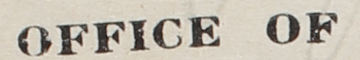
OFFICE OF